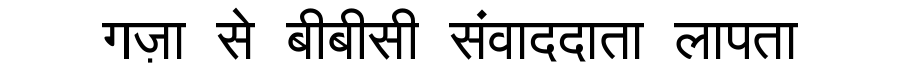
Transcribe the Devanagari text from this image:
गज़ा से बीबीसी संवाददाता लापता